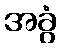
အခွံ